Vaccine operations Central Provinces & Berar 1922-1929 - 1922-1929
Year: 1922
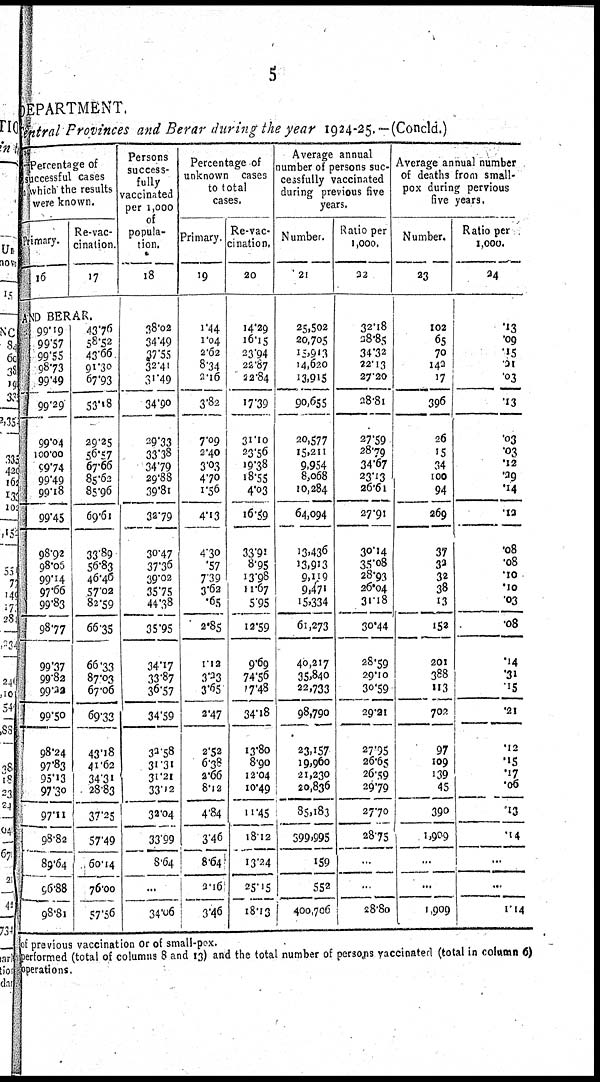
5
DEPARTMENT.
Central Provinces and Berar during the year 1924-25.—(Concld.)
Percentage of
successful cases
in which the results
were known.
Primary.
16
Re-vac-
cination.
17
AND BERAR.
99.19
99.57
99.55
98.73
99.49
99.29
99.04
100.00
99.74
99.49
99.18
99.45
98.92
98.06
99.14
97.66
99.83
98.77
99.37
99.82
99.22
99.50
98.24
97.83
95.13
97.30
97.11
98.82
89.64
96.88
98.81
43.76
58.52
43.66
91.30
67.93
53.18
29.25
56.57
67.66
85.62
85.96
69.61
33.89
56.83
46.46
57.02
82.59
66.35
66.33
87.03
67.06
69.33
43.18
41.62
34.31
28.83
37.25
57.49
60.14
76.00
57.56
Persons
success-
fully
vaccinated
per 1,000
of
popula-
tion.
18
38.02
34.49
37.55
32.41
31.49
34.90
29.33
33.38
34.79
29.88
39.81
32.79
30.47
37.36
39.02
35.75
44.38
35.95
34.17
33.87
36.57
34.59
32.58
31.31
31.21
33.12
32.04
33.99
8.64
...
34.06
Percentage of
unknown cases
to total
cases.
Primary.
19
1.44
1.04
2.62
8.34
2.16
3.82
7.09
2.40
3.03
4.70
1.56
4.13
4.30
.57
7.39
3.62
.65
2.85
1.12
3.23
3.65
2.47
2.52
6.38
2.66
8.12
4.84
3.46
8.64
2.16
3.46
Re-vac¬
cination.
20
14.29
16.15
23.94
22.87
22.84
17.39
31.10
23.56
19.38
18.55
4.03
16.59
33.91
8.95
13.98
11.67
5.95
12.59
9.69
74.56
17.48
34.18
13.80
8.90
12.04
10.49
11.45
18.12
13.24
25.15
18.13
Average annual
number of persons suc¬
cessfully vaccinated
during previous five
years.
Number.
21
25,502
20,705
15,913
14,620
13,915
90,655
20,577
15,211
9,954
8,068
10,284
64,094
13,436
13,913
9,119
9,471
15,334
61,273
40,217
35,840
22,733
98,790
23,157
19,960
21,230
20,836
85,183
399,995
159
552
400,706
Ratio per
1,000.
22
32.18
28.85
34.32
22.13
27.20
28.81
27.59
28.79
34.67
23.13
26.61
27.91
30.14
35.08
28.93
26.04
31.18
30.44
28.59
29.10
30.59
29.21
27.95
26.65
26.59
29.79
27.70
28.75
...
...
28.80
Average annual number
of deaths from small¬
pox during pervious
five years.
Number.
23
102
65
70
142
17
396
26
15
34
100
94
269
37
32
32
38
13
152
201
388
113
708
97
109
139
45
390
1,909
...
...
1,909
Ratio per
1,000.
24
.13
.09
.15
.21
.03
.13
.03
.03
.12
.29
.14
.12
.08
.08
.10
.10
.03
.08
.14
.31
.15
.21
.12
.15
.17
.06
.13
.14
...
...
1.14
of previous vaccination or of small-pox.
performed (total of columns 8 and 13) and the total number of persons vaccinated (total in column 6)
operations.